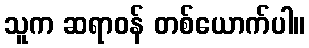
သူက ဆရာဝန် တစ်ယောက်ပါ။